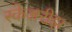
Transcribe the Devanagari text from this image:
स्केअरीझ